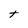
Character: t